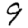
Digit: 9